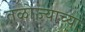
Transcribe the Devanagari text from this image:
तळोज्याच्या